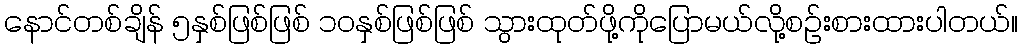
နောင်တစ်ချိန် ၅နှစ်ဖြစ်ဖြစ် ၁၀နှစ်ဖြစ်ဖြစ် သွားထုတ်ဖို့ကိုပြောမယ်လို့စဉ်းစားထားပါတယ်။